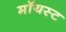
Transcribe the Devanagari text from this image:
मॉयस्ट